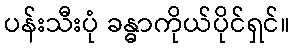
ပန်းသီးပုံ ခန္ဓာကိုယ်ပိုင်ရှင်။